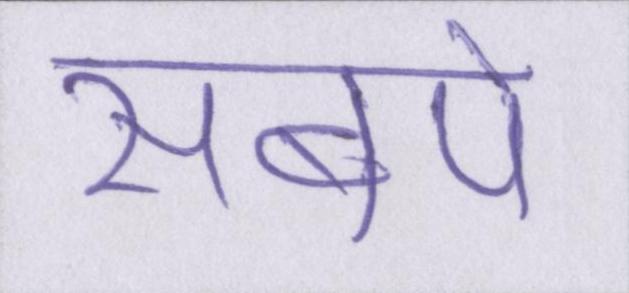
सबपे